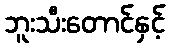
ဘူးသီးတောင်နှင့်